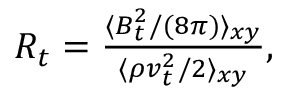
\begin{array} { r } { R _ { t } = \frac { \langle \boldsymbol { B } _ { t } ^ { 2 } / ( 8 \pi ) \rangle _ { x y } } { \langle \rho \boldsymbol { v } _ { t } ^ { 2 } / 2 \rangle _ { x y } } , } \end{array}